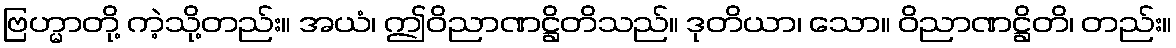
ဗြဟ္မာတို့ ကဲ့သို့တည်း။ အယံ၊ ဤဝိညာဏဋ္ဌိတိသည်။ ဒုတိယာ၊ သော။ ဝိညာဏဋ္ဌိတိ၊ တည်း။